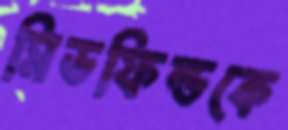
মিডফিল্ডকে